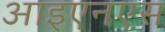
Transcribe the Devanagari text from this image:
आइएनएस